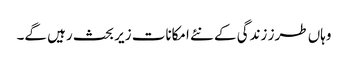
وہاں طرز زندگی کے نئے امکانات زیر بحث رہیں گے۔